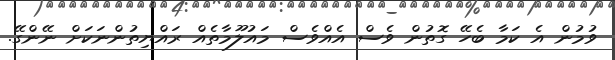
ވުމުން އެ ކަމާ ބެހޭ ގޮތުން ވެސް އެއްވެސް މައުލޫމާތެއް ރައްޔިތުންނަކަށް ނޭންގޭ.